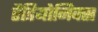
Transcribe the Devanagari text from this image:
रैडियोनिक्स